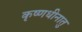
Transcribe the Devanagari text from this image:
कृष्णधीनातु